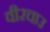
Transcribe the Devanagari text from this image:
वीरचाउ